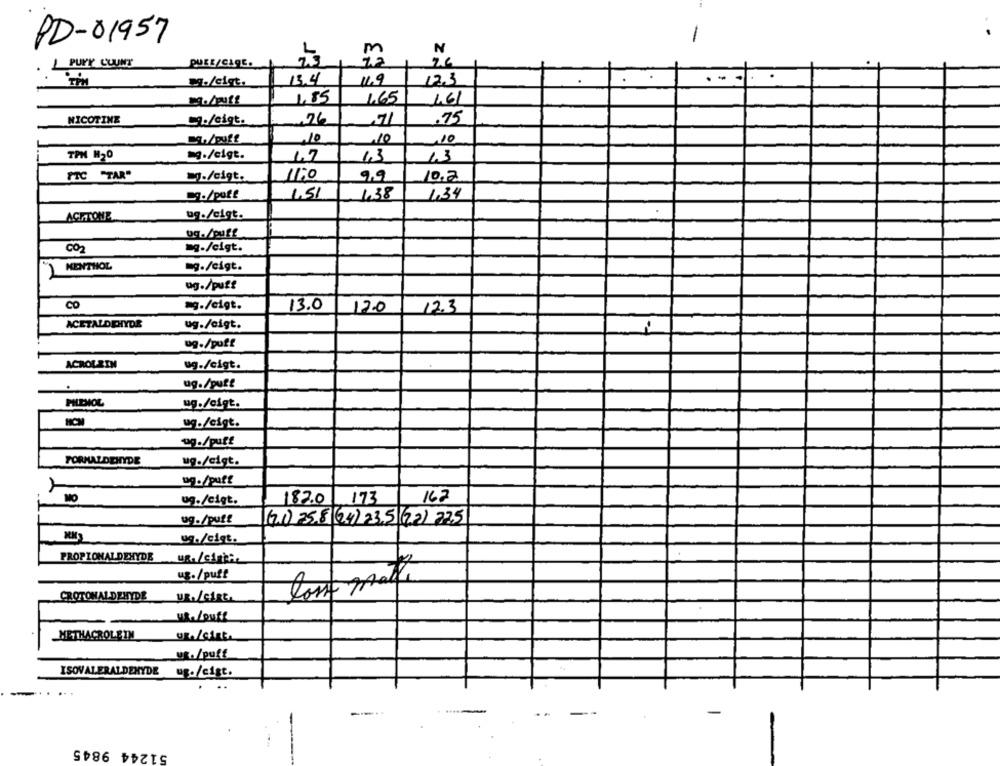
-
PD-01957
m
N
PUNY COUNT
PUEE/CAGE.
.-
M./eigt.
13.4
11.9
12.3
-
1,85
1.65
NICOTINE
Lg./eigt.
26
,71
.75
Die/puff
10
10
,10
TPM H20
=g./eigt.
1.3
FTC "TAR"
g./cigt.
1110
9.9
10.2
09./puff
1,51
1.38
1,34
ACHTONE
ug./cigt.
bg./puff
CO2
=g-/cigt.
)KENTHOL
-g./eigt.
ug./puff
CO
=g./eigt.
13.0
12.0
12.3
ACETALDEHYDE
ug./cigt.
ug./puff
ACROLEIN
ug./cigt.
ug./putt
.
PHENOL
ug./cigt.
ug./cigt.
0g./puff
FORMALDEHYDE
ug./cigt.
ug./puff
162
ug./cigt.
182.0 173
ug./puff
(21) 25.8 (4) 23.5 (72) 275
ug./cigt.
PROPIONALDEHYDE
UR./cinta
ug./puff
tom matth
CROTONALDEHYDE UR./CARE.
UR./ouff
METHACROLEIN
UR./siste
uf./puff
ISOVALERALDEHYDE ug./cist.
...
-
51244 9845